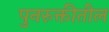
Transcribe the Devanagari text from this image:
पुनरुक्तीतील